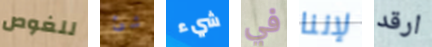
للغوص شئ شيء في لإننا ارقد